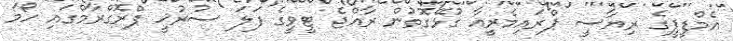
އެމްޑީޕީގެ ރިޔާސީ ޕްރައިމެރީއާ ގުޅޭގޮތުން ރާއްޖެ ޓީވީގެ ފަލަ ސުރުޚީ ޕްރޮގްރާމްގައި ހޯމަ